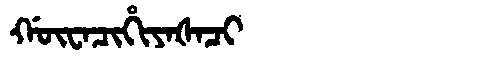
Manchu: ᡤᡡᠸᠠᠴᡳᡥᡳᠶᠠᡧᠠᠴᡳ
Romanization: GŪWACIHIYAŠACI